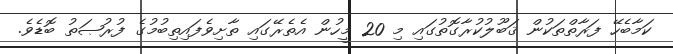
ކަމާބެހޭ ފަރާތްތަކުން ޤަބޫލުކުރާގޮތުގައި މި 20 މީހުން އެތެރޭގައި ތާށިވެފައިތިބުމުގެ ފުރުޞަތު ބޮޑެވެ.